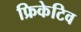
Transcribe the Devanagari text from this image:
फ्रिकेटिव